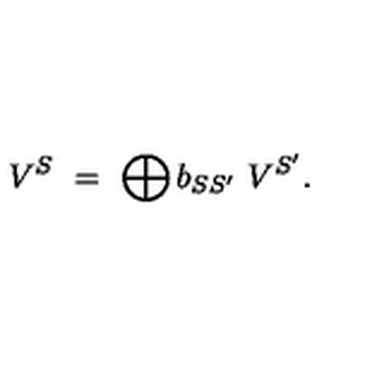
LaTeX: V ^ { S } \ = \ \bigoplus b _ { S S ^ { \prime } } \ V ^ { S ^ { \prime } } .